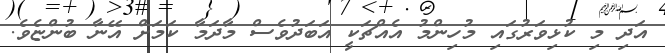
އަދި މި ކުޅިވަރުގައި މުހިންމު އެއްޗަކީ އަބަދުވެސް މާދަމާ ކަމަށް އޭނާ ބުންޏެވެ.